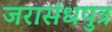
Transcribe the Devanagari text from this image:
जरासंधपुत्र